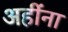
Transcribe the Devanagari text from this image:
अहींना